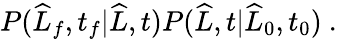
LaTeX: \begin{array}{r}{P(\widehat{L}_{f},t_{f}|\widehat{L},t)P(\widehat{L},t|\widehat{L}_{0},t_{0})\ .}\end{array}